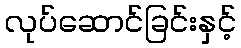
လုပ်ဆောင်ခြင်းနှင့်